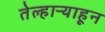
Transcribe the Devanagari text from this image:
तेल्हाऱ्याहून